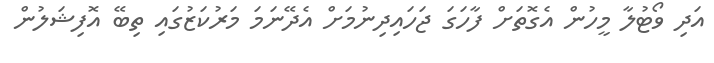
އަދި ވޯޓުލާ މީހުން އެގޮތަށް ފާހަގަ ޖަހައިދިނުމަށް އެދޭނަމަ މަރުކަޒުގައި ތިބޭ އޮފިޝަލުން